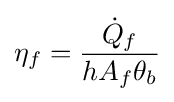
\eta _{f}={\frac {{\dot {Q}}_{f}}{hA_{f}\theta _{b}}}